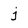
Character: j